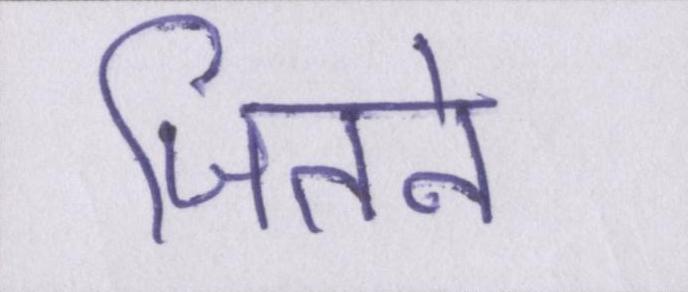
जितने